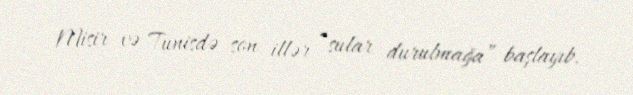
Misir və Tunisdə son illər “sular durulmağa” başlayıb.